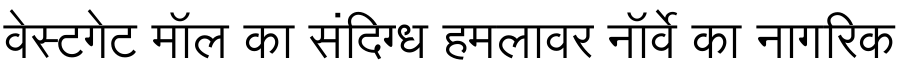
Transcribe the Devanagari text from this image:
वेस्टगेट मॉल का संदिग्ध हमलावर नॉर्वे का नागरिक